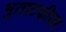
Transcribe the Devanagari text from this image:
भुताटकीवर